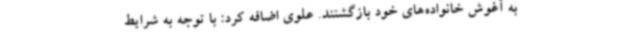
به آغوش خانواده‌های خود بازگشتند. علوی اضافه کرد: با توجه به شرایط